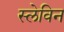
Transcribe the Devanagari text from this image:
स्लेविन